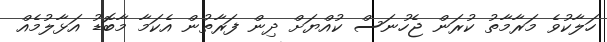
ހަލާކުވެ މަރާމާތު ކުރަން ޖެހުނަސް ކުއްޔަށް ދިން ފަރާތުން އެކަމާ މާބޮޑު އަޅާލުމެއް